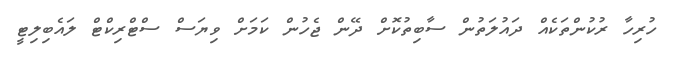
ހުރިހާ ރުކުންތަކެއް ދައުލަތުން ސާބިތުކޮށް ދޭން ޖެހުން ކަމަށް ވިޔަސް ސްޓްރިކްޓް ލައެބިލިޓީ